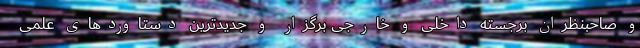
و صاحبنظران برجسته داخلی و خارجی برگزار و جدیدترین دستاوردهای علمی